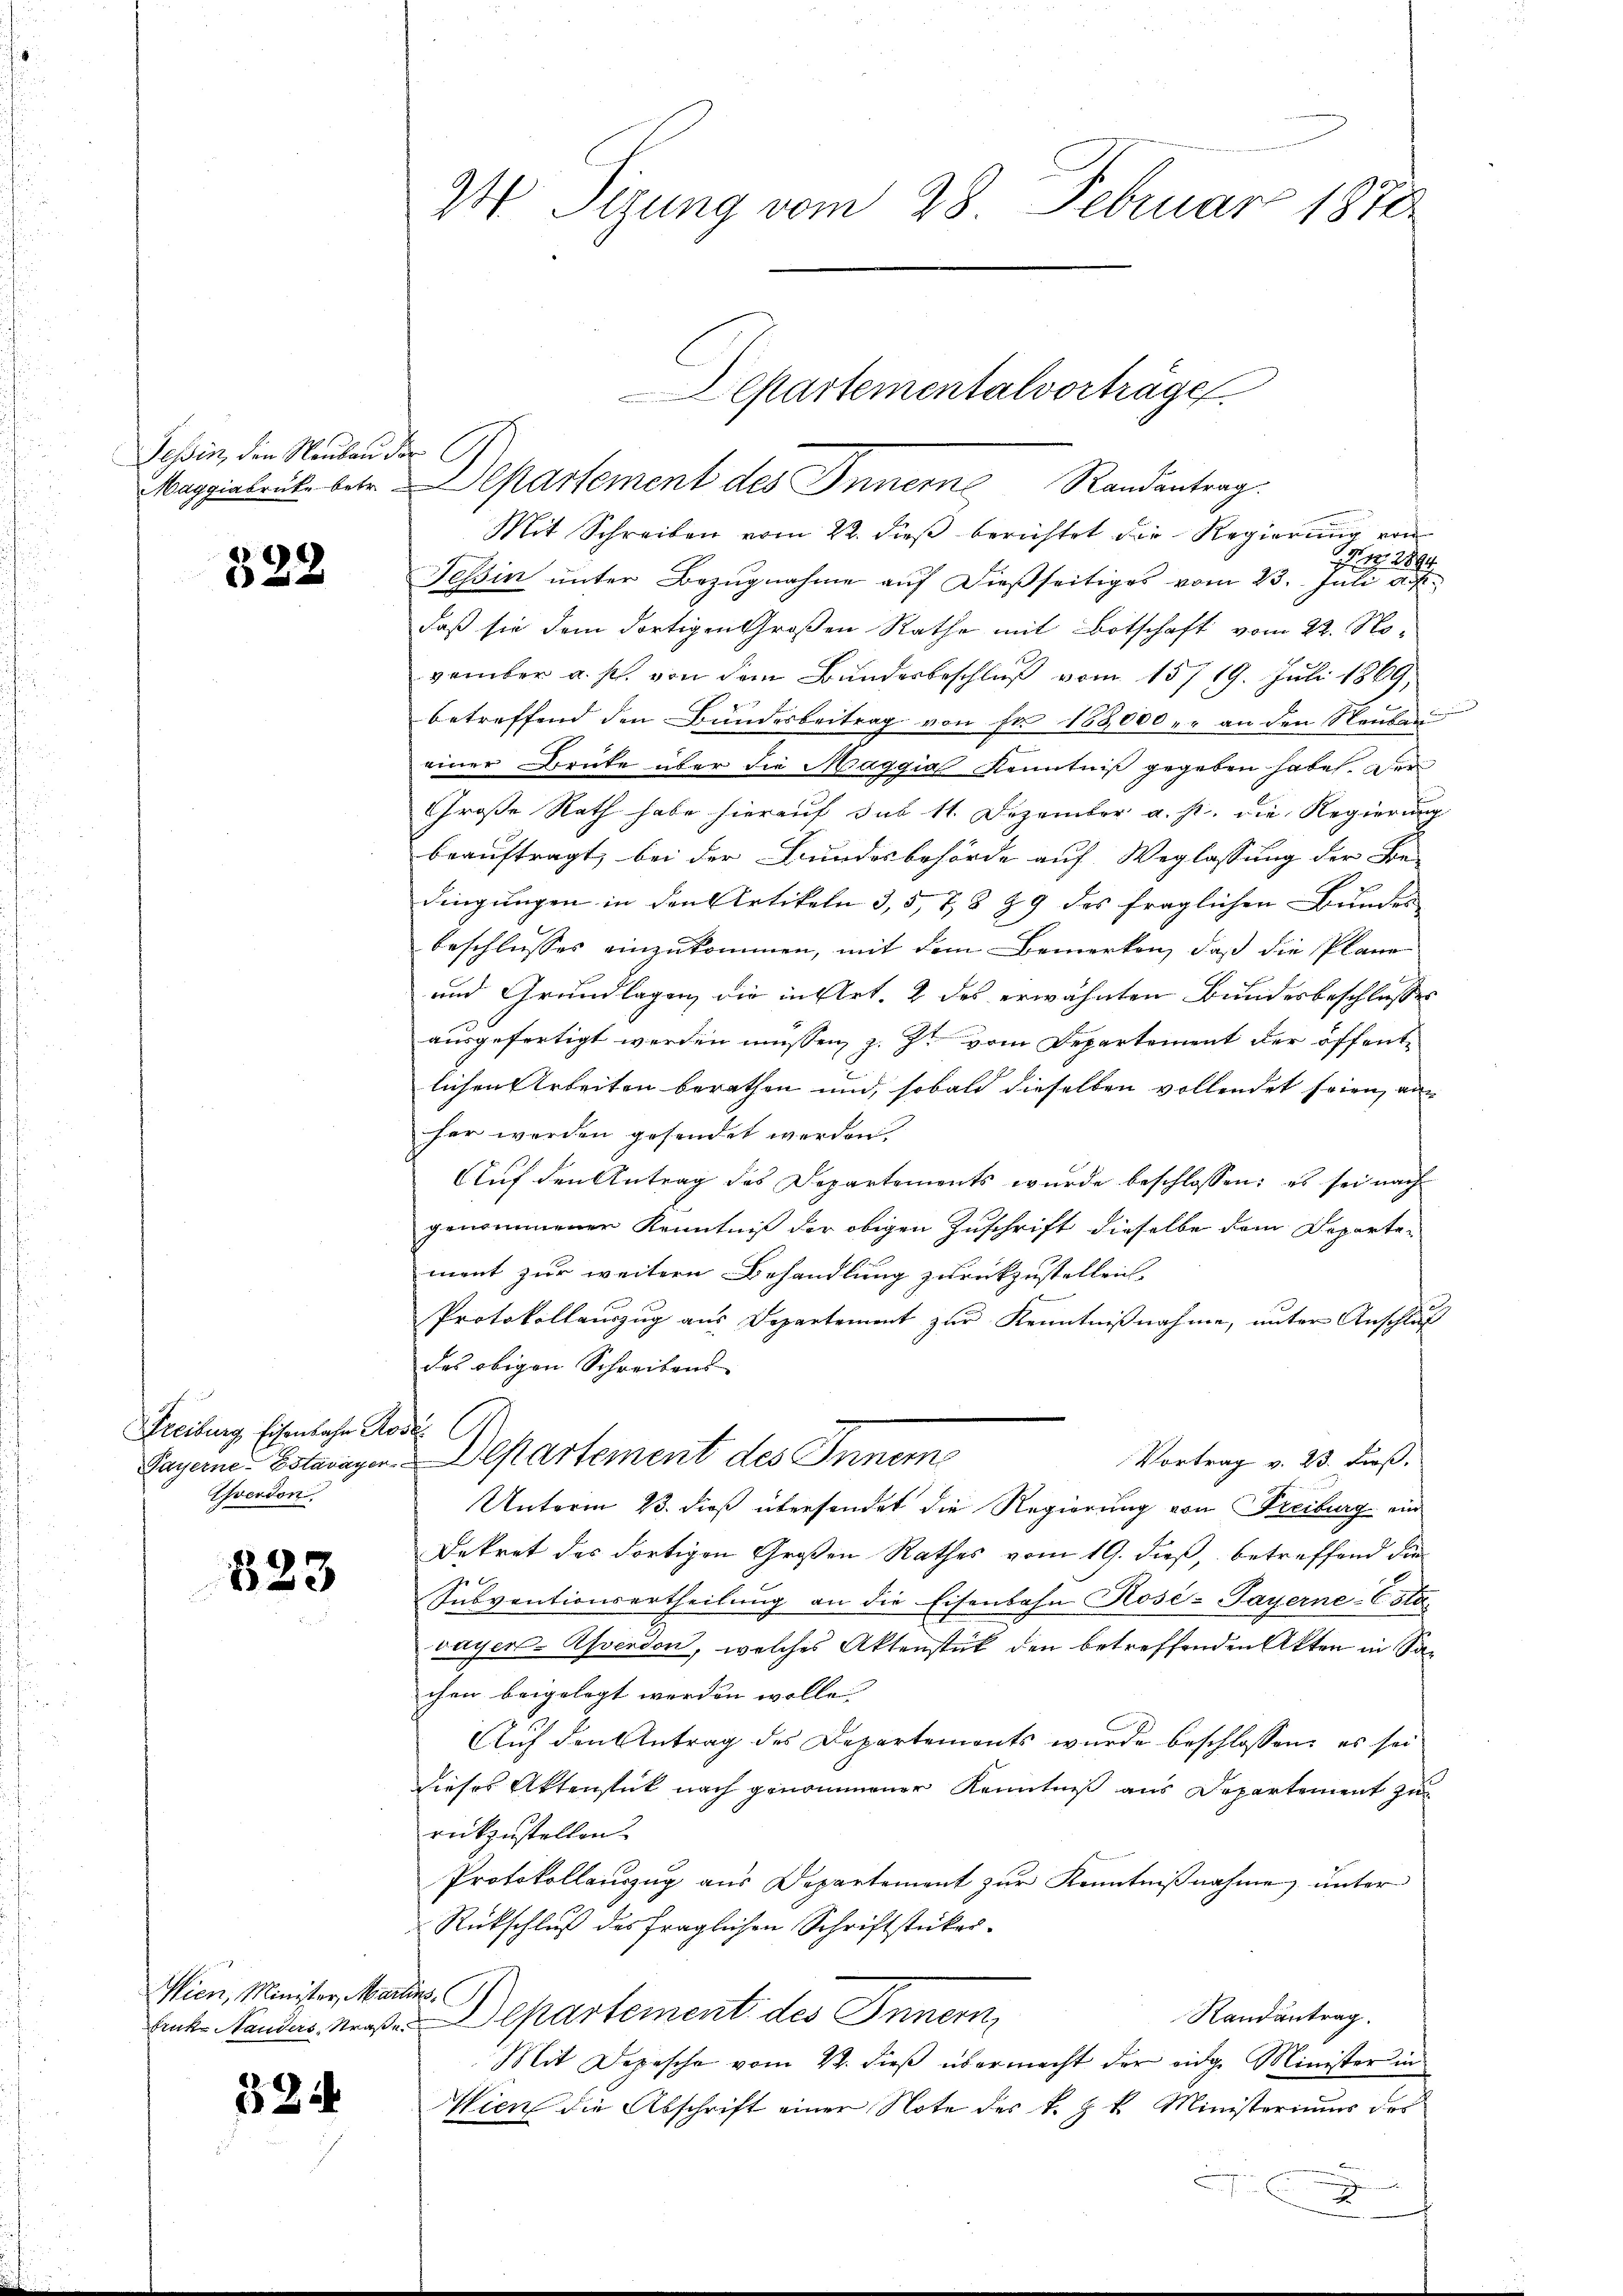
Tessin, den Neubau der

328

Streiburg Eisenbahn Ros
Ehverdon

323

Wien, Minister, Martins.

1244

24 Sizung vom 28. Februar 1872

Mit Schreiben vom 22. dieß berichtet die Regierung von
 1894
Tessin unter Bezugnahme auf dießseitiges vom 23. Juli a
daß sie dem dortigen Großen Rathe mit Botschaft vom 22. November a. s. von dem Bundesbeschluß vom 15719. Juli 1869
betreffend den Bundesbeitrag von Fr. 188,000 er an den Rauben
einer Brücke über die Maggia Kenntniß gegeben habe. Der
Große Rath habe hierauf sub 11. Dezember a. p. die Regierung
beauftragt, bei der Bundesbehörde auf Weglassung der Be-
dingungen in den Artikeln 3, 5, 7 § 29 des fraglichen Bundes
beschlusses einzukommen, mit dem Bemerken, daß die Plane
und Grundlagen die in Art. 2 des erwähnten Bundesbeschlusses
ausgefertigt werden müssen, z. Zt. vom Departement der öffentlichen Arbeiten berathen und, sobald dieselben vollendet seien, an
her werden gesendet werden,
Auf den Antrag des Departements wurde beschlossen: es sei nach
genommener Kenntniß der obigen Zuschrift dieselbe dem Departen
ment zur weitern Behandlung zurückzustellen.
Protokollauszug aus Departement zur Kenntnißnahme, unter Anschluß
des obigen Schreibens
Vortrag v. 23. Dieß.
Payerne. Estavayer. Departement des Inners
Unterm 23. dieß übersendet die Regierung von Freiburg ein
Dekret des dortigen Großen Rathes vom 19. dieß, betreffend die
Subventionsertheilung an die Eisenbahn Rose-Payerne-Csta-
vayer-Asvendon, welches Aktenstück den betreffenden Akten in Sachen beigelegt werden wolle. |
Auf den Antrag des Departements wurde beschlossene es sei
dieses Aktenstück nach genommener Kenntniß aus Departement zu
rückzustellen?
Protokollauszug aus Departement zŭr Kenntniβnahme, unter
Rückschluß des fraglichen Schriftstücker¬
Randantrag.
Anke andes Maßen Departement des Innern,
Mit Depesche vom 22. dieβ übermacht der eidg. Minister in
Wien die Abschrift einer Note des k. k. Ministeriums des
J
e

Departementalvorträge.
Maggiabrik betr. Departement des Innerne Randantrag